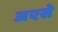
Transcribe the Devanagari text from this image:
अएसे